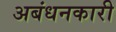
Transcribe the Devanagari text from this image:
अबंधनकारी